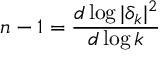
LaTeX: n - 1 = \frac { d \log | \delta _ { k } | ^ { 2 } } { d \log k }